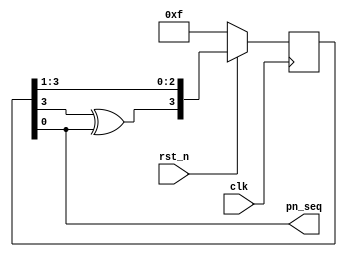
module lfsr(
	input clk,
	input rst_n,
	output pn_seq
);

	reg [3:0]pn_regs;
	wire [3:0]pn_next;
	always@(posedge clk)begin
		if(!rst_n)begin
			pn_regs <= 4'b1111;
		end
		else begin
			pn_regs <= pn_next;
		end
	end
	assign pn_next = {pn_regs[3]^pn_regs[0],pn_regs[3],pn_regs[2],pn_regs[1]};	
	assign pn_seq = pn_regs[0];
endmodule